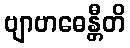
ဗျာဗာဓေန္တီတိ